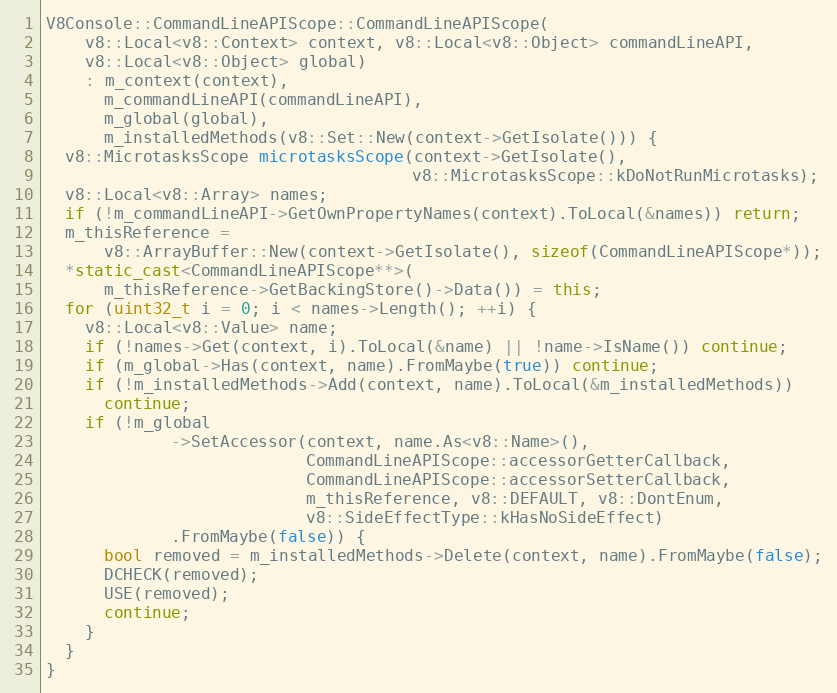
Language: C++
V8Console::CommandLineAPIScope::CommandLineAPIScope(
    v8::Local<v8::Context> context, v8::Local<v8::Object> commandLineAPI,
    v8::Local<v8::Object> global)
    : m_context(context),
      m_commandLineAPI(commandLineAPI),
      m_global(global),
      m_installedMethods(v8::Set::New(context->GetIsolate())) {
  v8::MicrotasksScope microtasksScope(context->GetIsolate(),
                                      v8::MicrotasksScope::kDoNotRunMicrotasks);
  v8::Local<v8::Array> names;
  if (!m_commandLineAPI->GetOwnPropertyNames(context).ToLocal(&names)) return;
  m_thisReference =
      v8::ArrayBuffer::New(context->GetIsolate(), sizeof(CommandLineAPIScope*));
  *static_cast<CommandLineAPIScope**>(
      m_thisReference->GetBackingStore()->Data()) = this;
  for (uint32_t i = 0; i < names->Length(); ++i) {
    v8::Local<v8::Value> name;
    if (!names->Get(context, i).ToLocal(&name) || !name->IsName()) continue;
    if (m_global->Has(context, name).FromMaybe(true)) continue;
    if (!m_installedMethods->Add(context, name).ToLocal(&m_installedMethods))
      continue;
    if (!m_global
             ->SetAccessor(context, name.As<v8::Name>(),
                           CommandLineAPIScope::accessorGetterCallback,
                           CommandLineAPIScope::accessorSetterCallback,
                           m_thisReference, v8::DEFAULT, v8::DontEnum,
                           v8::SideEffectType::kHasNoSideEffect)
             .FromMaybe(false)) {
      bool removed = m_installedMethods->Delete(context, name).FromMaybe(false);
      DCHECK(removed);
      USE(removed);
      continue;
    }
  }
}